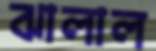
ঝালাল